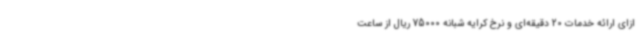
ازای ارائه خدمات 20 دقیقه‌ای و نرخ کرایه شبانه 75000 ریال از ساعت